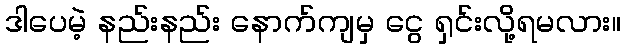
ဒါပေမဲ့ နည်းနည်း နောက်ကျမှ ငွေ ရှင်းလို့ရမလား။